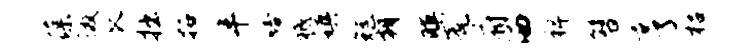
葆徼瓜拙拓半嗒祗镇矩朝暝瓮府洒裨簪亨枯